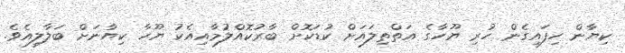
ކިޔާން ހިފައިގެން ހުރި ޔޫހާގެ އަތްތިލައަށް ކުޑަކޮށް ބާރުކޮއްލުމާއިއެކު ޔޫހާ ކިޔާނަށް ބަލާލިއެވެ.